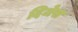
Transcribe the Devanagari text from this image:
दिजेस